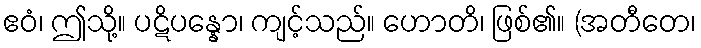
ဧဝံ၊ ဤသို့။ ပဋိပန္နော၊ ကျင့်သည်။ ဟောတိ၊ ဖြစ်၏။ (အတီတေ၊